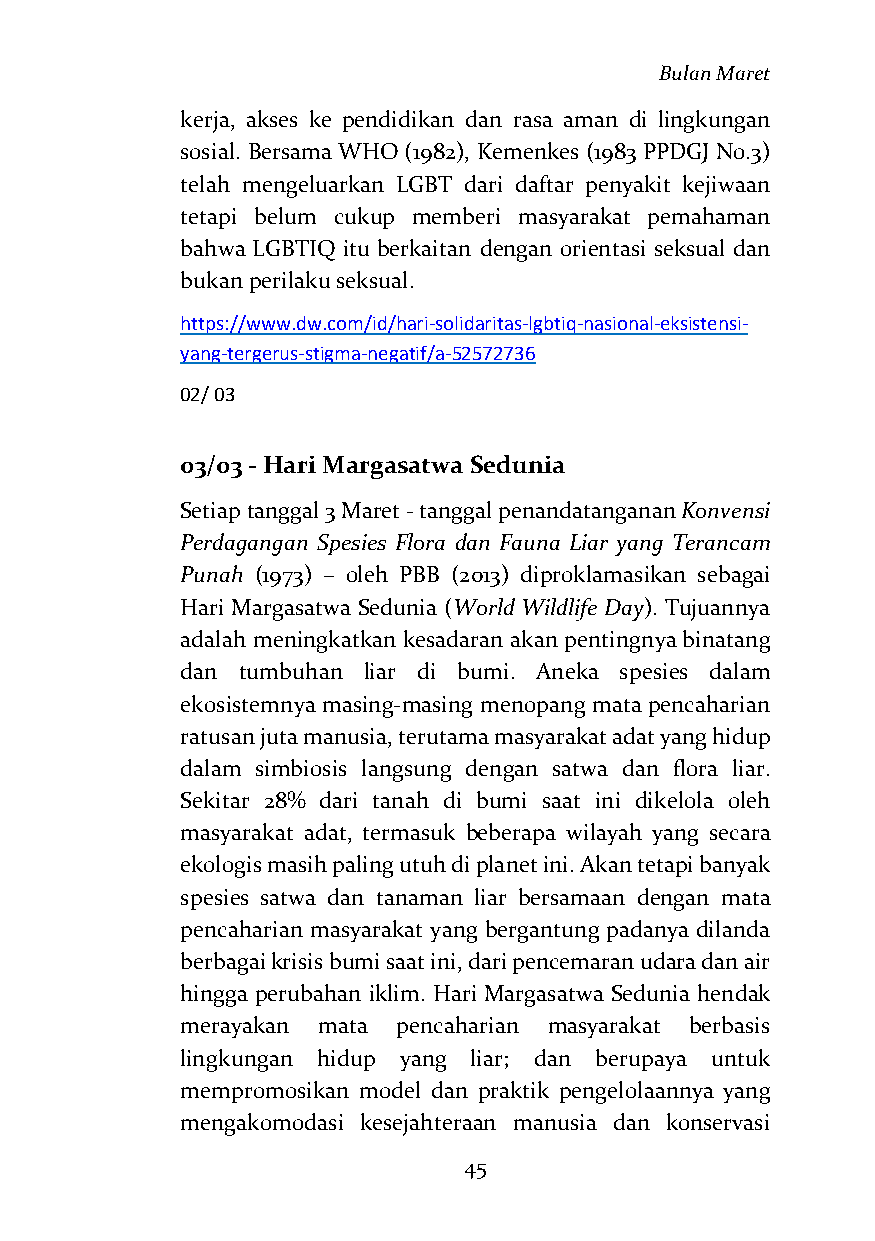
Bulan Maret
 kerja, akses ke pendidikan dan rasa aman di lingkungan
 sosial. Bersama WHO (1982), Kemenkes (1983 PPDGJ No.3)
 telah mengeluarkan LGBT dari daftar penyakit kejiwaan
 tetapi belum cukup memberi masyarakat pemahaman
 bahwa LGBTIQ itu berkaitan dengan orientasi seksual dan
 bukan perilaku seksual.
 https://www.dw.com/id/hari-solidaritas-lgbtiq-nasional-eksistensi-
 yang-tergerus-stigma-negatif/a-52572736
 02/ 03
 03/03 - Hari Margasatwa Sedunia
 Setiap tanggal 3 Maret - tanggal penandatanganan Konvensi
 Perdagangan Spesies Flora dan Fauna Liar yang Terancam
 Punah (1973) – oleh PBB (2013) diproklamasikan sebagai
 Hari Margasatwa Sedunia (World Wildlife Day). Tujuannya
 adalah meningkatkan kesadaran akan pentingnya binatang
 dan tumbuhan liar di bumi. Aneka spesies dalam
 ekosistemnya masing-masing menopang mata pencaharian
 ratusan juta manusia, terutama masyarakat adat yang hidup
 dalam simbiosis langsung dengan satwa dan flora liar.
 Sekitar 28% dari tanah di bumi saat ini dikelola oleh
 masyarakat adat, termasuk beberapa wilayah yang secara
 ekologis masih paling utuh di planet ini. Akan tetapi banyak
 spesies satwa dan tanaman liar bersamaan dengan mata
 pencaharian masyarakat yang bergantung padanya dilanda
 berbagai krisis bumi saat ini, dari pencemaran udara dan air
 hingga perubahan iklim. Hari Margasatwa Sedunia hendak
 merayakan mata pencaharian masyarakat berbasis
 lingkungan hidup yang liar; dan berupaya untuk
 mempromosikan model dan praktik pengelolaannya yang
 mengakomodasi kesejahteraan manusia dan konservasi
 45